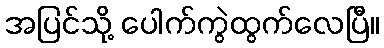
အပြင်သို့ ပေါက်ကွဲထွက်လေပြီ။